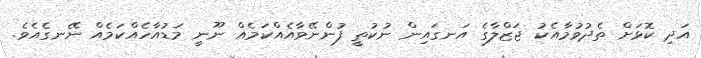
އަދި ކޮޅަށް ތެދުވުމާއެކު ޖަޒްލާގެ އަނގައިން ނުކުތީ ފުންނޭވާއެއްކަމެއް ނޫނީ މަޑުއާހެއްކަމެއް ނޭނގެއެވެ.